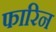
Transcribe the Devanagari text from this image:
फारिन